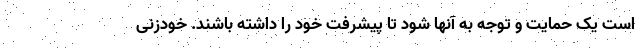
است یک حمایت و توجه به آنها شود تا پیشرفت خود را داشته باشند. خودزنی